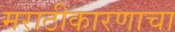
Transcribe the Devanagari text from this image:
मराठीकारणाचा